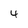
Character: 4